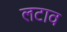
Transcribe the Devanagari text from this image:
लटाव